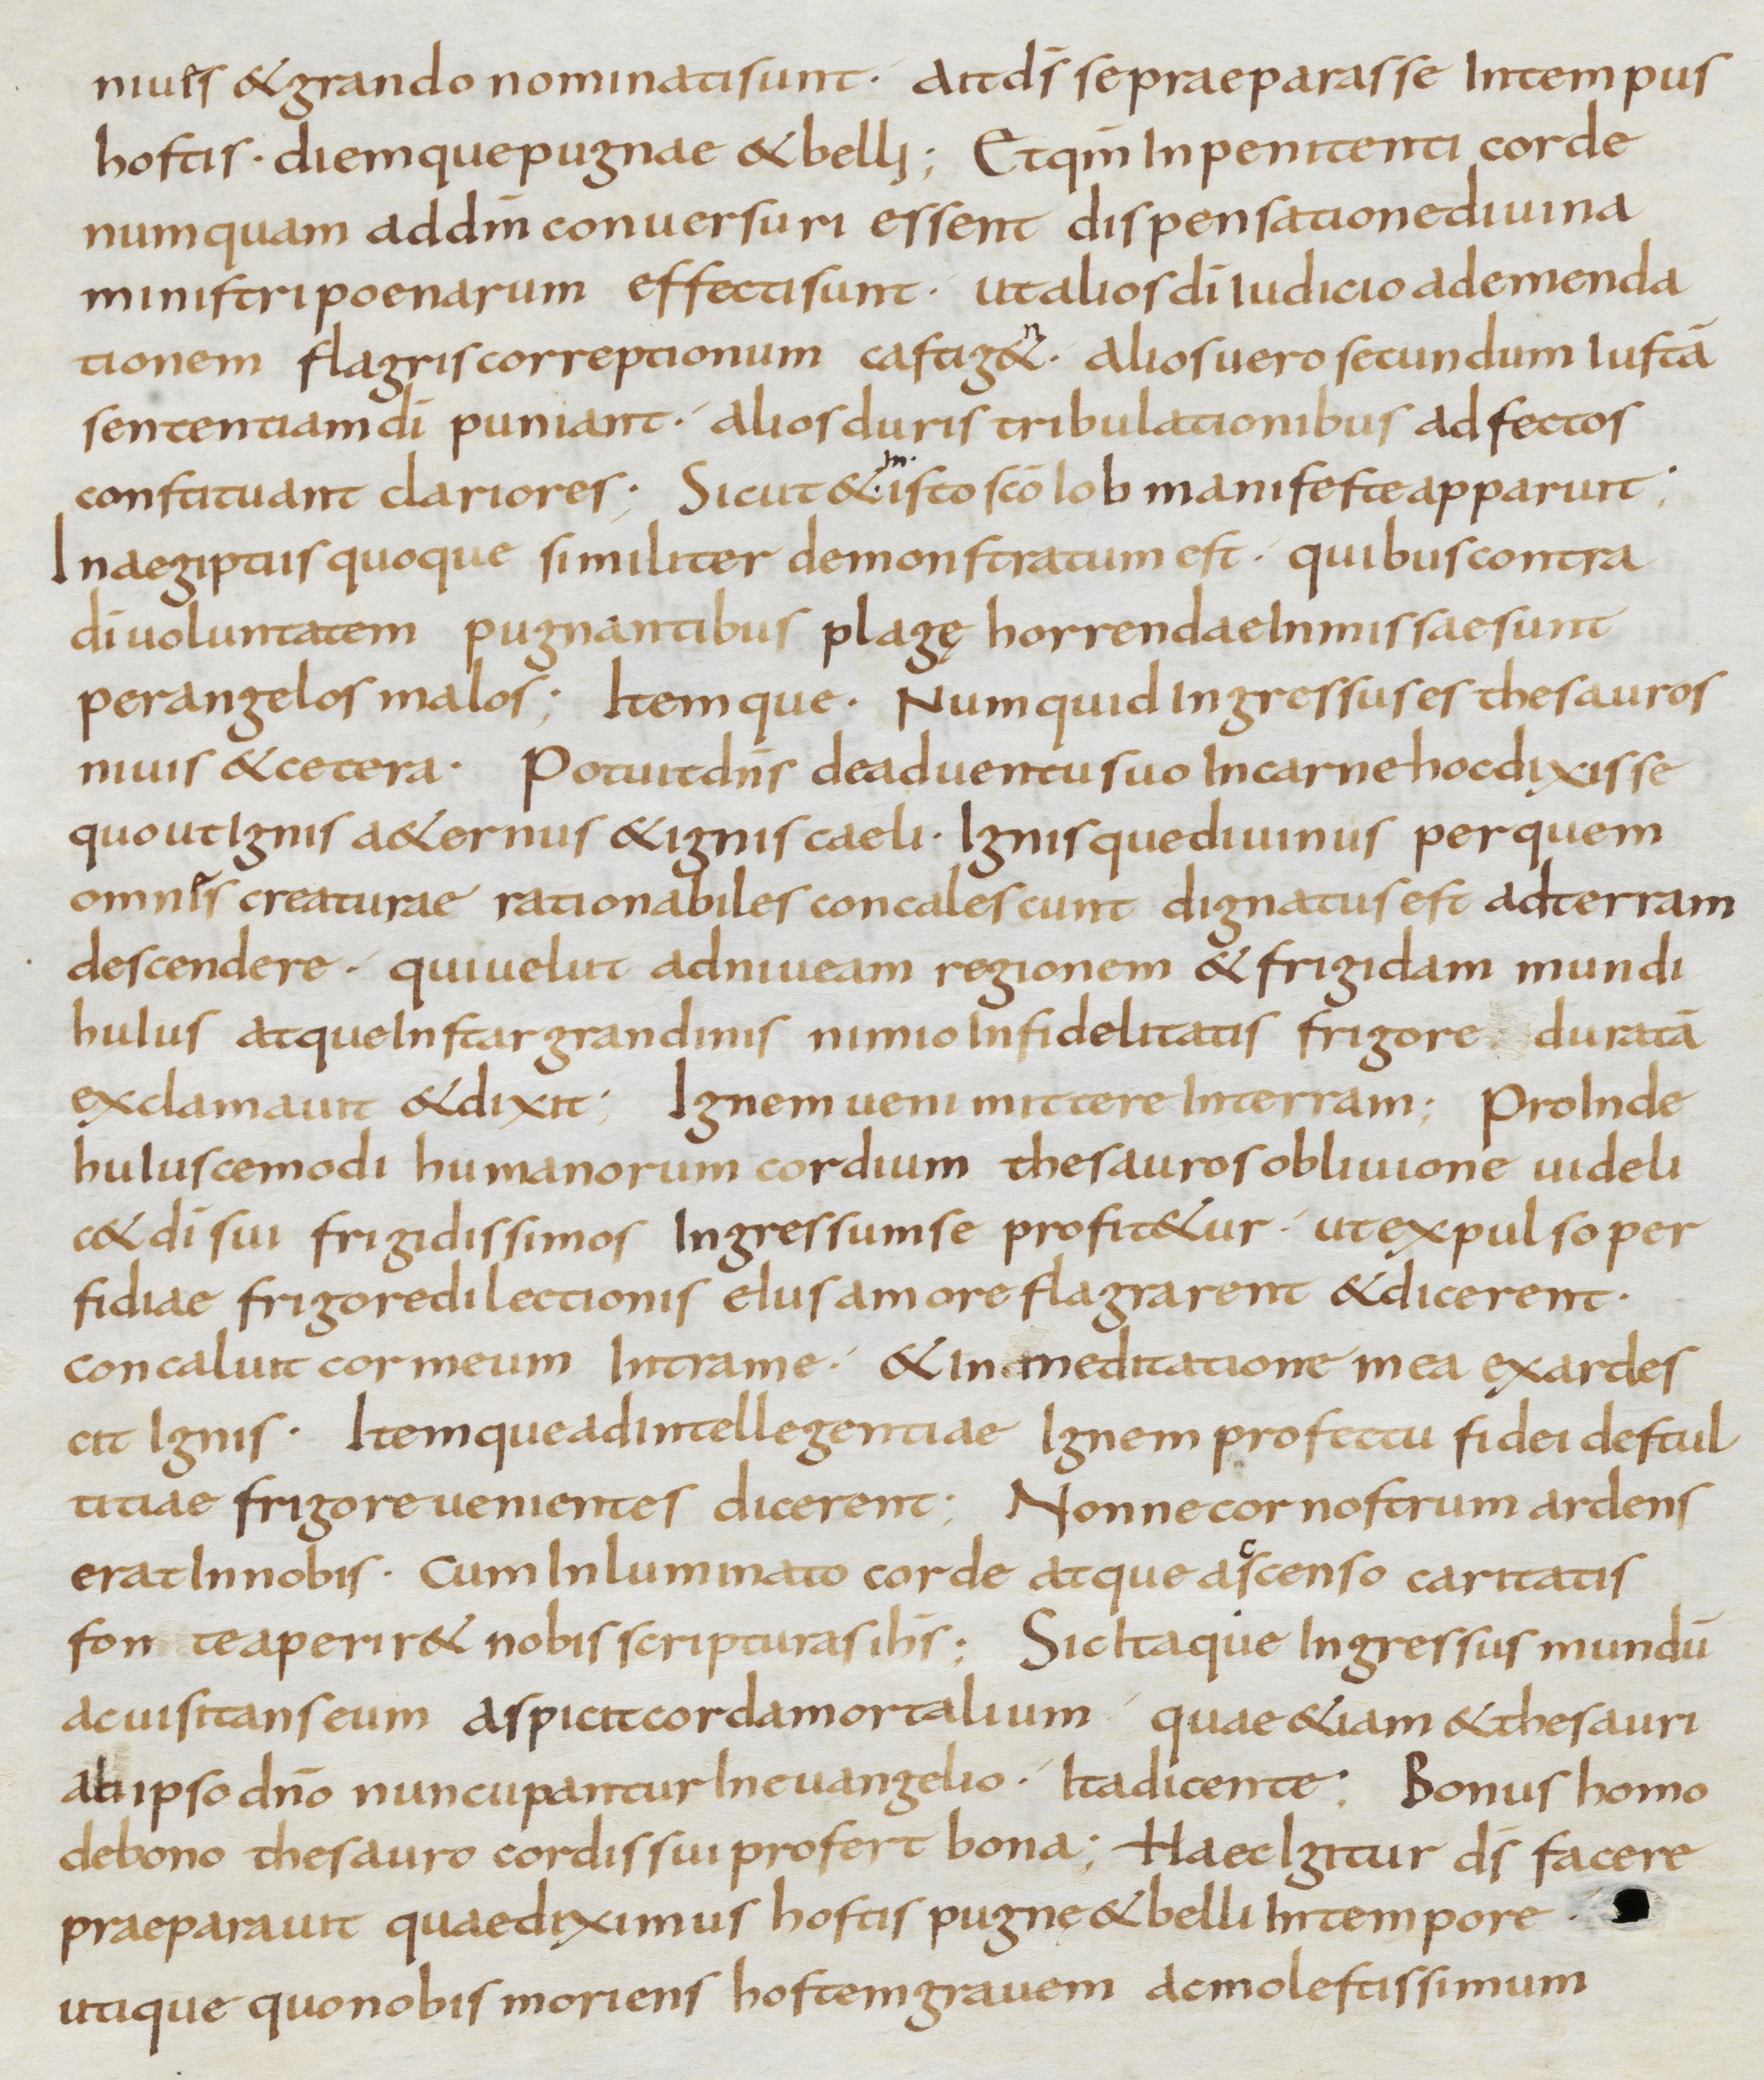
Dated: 800–899